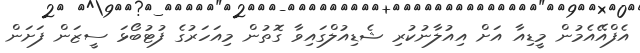
އެފްއޭއެމުން މީޑިއާ އަށް އިއުލާނުކުރި ޝެޑިއުލްގައިވާ ގޮތުން މިއަހަރުގެ ފުޓުބޯޅަ ސީޒަން ފަށަން